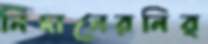
নিদানেরনির্